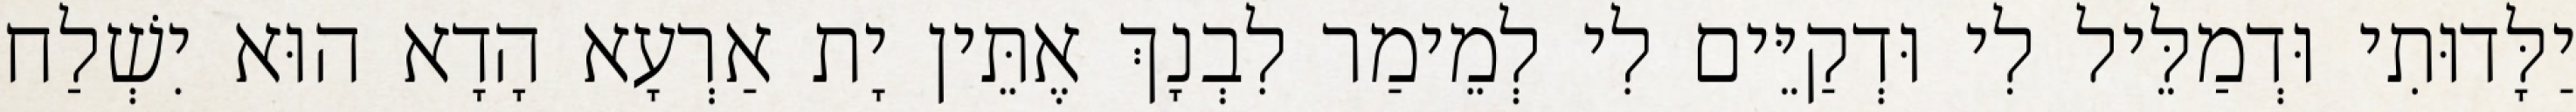
יַלָּדוּתִי וּדְמַלֵּיל לִי וּדְקַיֵּים לִי לְמֵימַר לִבְנָךְ אֶתֵּין יָת אַרְעָא הָדָא הוּא יִשְׁלַח